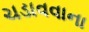
ચડાવવાના